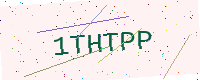
Text: 1THTPP